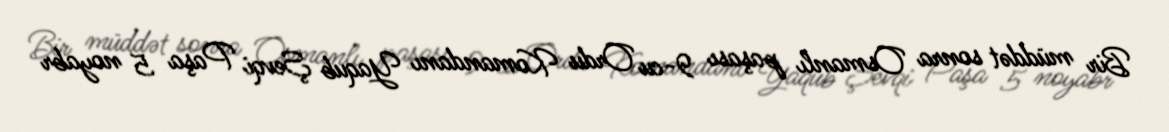
Bir müddət sonra Osmanlı paşası 9-cu Ordu Komandanı Yaqub Şevqi Paşa 5 noyabr